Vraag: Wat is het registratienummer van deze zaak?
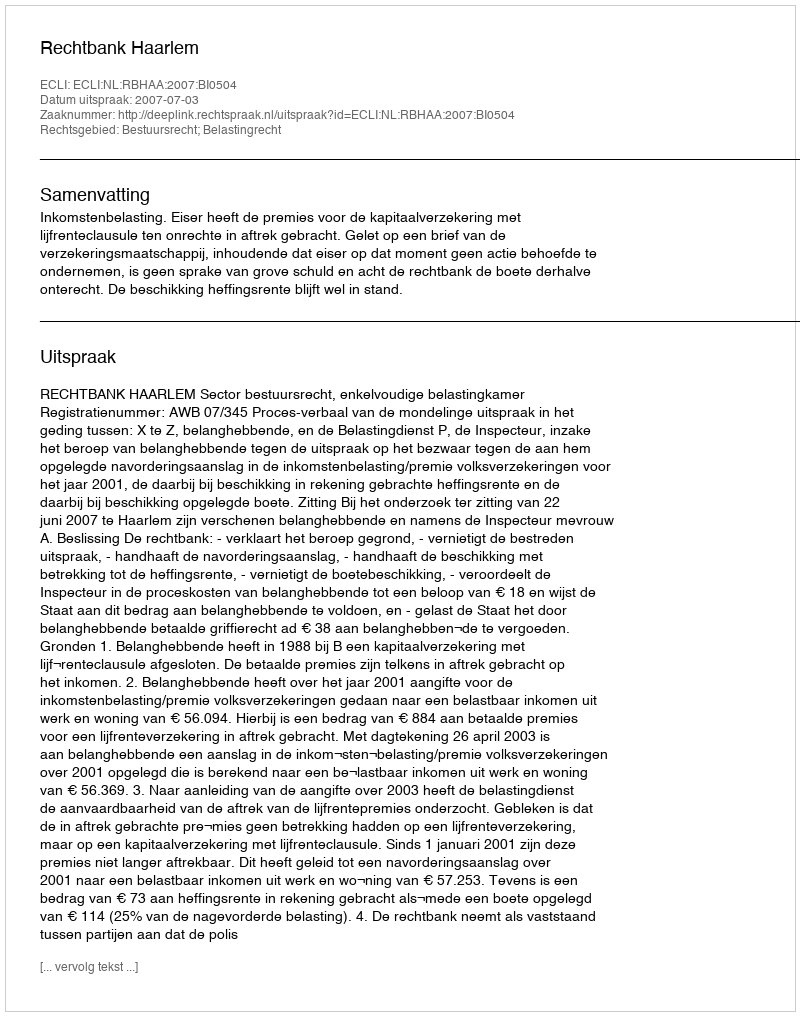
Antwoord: http://deeplink.rechtspraak.nl/uitspraak?id=ECLI:NL:RBHAA:2007:BI0504